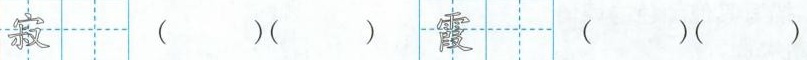
寂（）（） 霞（）（）